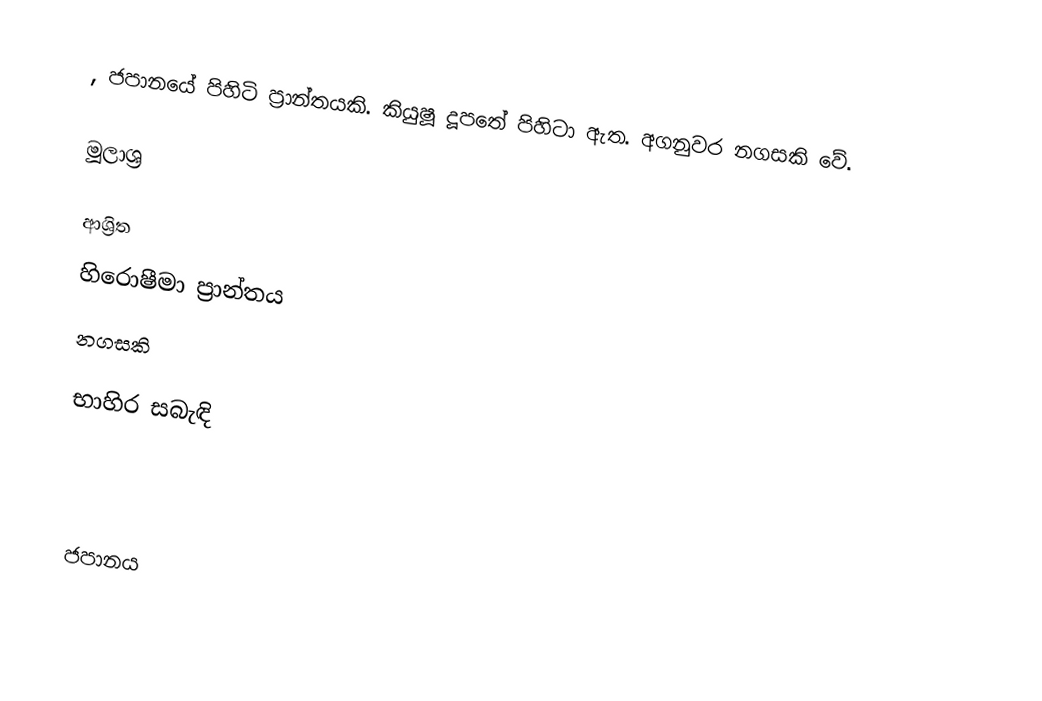
, ජපානයේ පිහිටි ප්‍රාන්තයකි. කියුෂූ දූපතේ පිහිටා ඇත. අගනුවර නගසකි වේ.

මූලාශ්‍ර

ආශ්‍රිත
 හිරොෂීමා ප්‍රාන්තය
 නගසකි

භාහිර සබැඳි

ජපානය